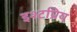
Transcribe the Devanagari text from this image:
इश्टप्रिय